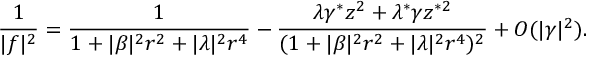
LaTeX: \frac { 1 } { | f | ^ { 2 } } = \frac { 1 } { 1 + | \beta | ^ { 2 } r ^ { 2 } + | \lambda | ^ { 2 } r ^ { 4 } } - \frac { \lambda \gamma ^ { * } z ^ { 2 } + \lambda ^ { * } \gamma z ^ { * 2 } } { ( 1 + | \beta | ^ { 2 } r ^ { 2 } + | \lambda | ^ { 2 } r ^ { 4 } ) ^ { 2 } } + O ( \vert \gamma \vert ^ { 2 } ) .